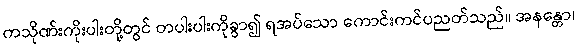
ကသိုဏ်းကိုးပါးတို့တွင် တပါးပါးကိုခွာ၍ ရအပ်သော ကောင်းကင်ပညတ်သည်။ အနန္တော၊